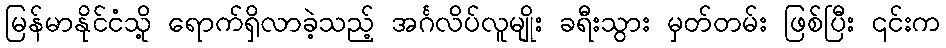
မြန်မာနိုင်ငံသို့ ရောက်ရှိလာခဲ့သည့် အင်္ဂလိပ်လူမျိုး ခရီးသွား မှတ်တမ်း ဖြစ်ပြီး ၎င်းက